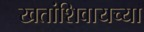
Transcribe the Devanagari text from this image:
खतांशिवायच्या